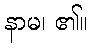
နာမ၊ ၏။